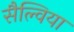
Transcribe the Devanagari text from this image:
सैल्विया